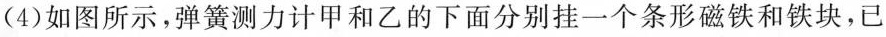
(4) 如图所示，弹簧测力计甲和乙的下面分别挂一个条形磁铁和铁块，已